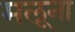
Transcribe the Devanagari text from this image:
मलूना